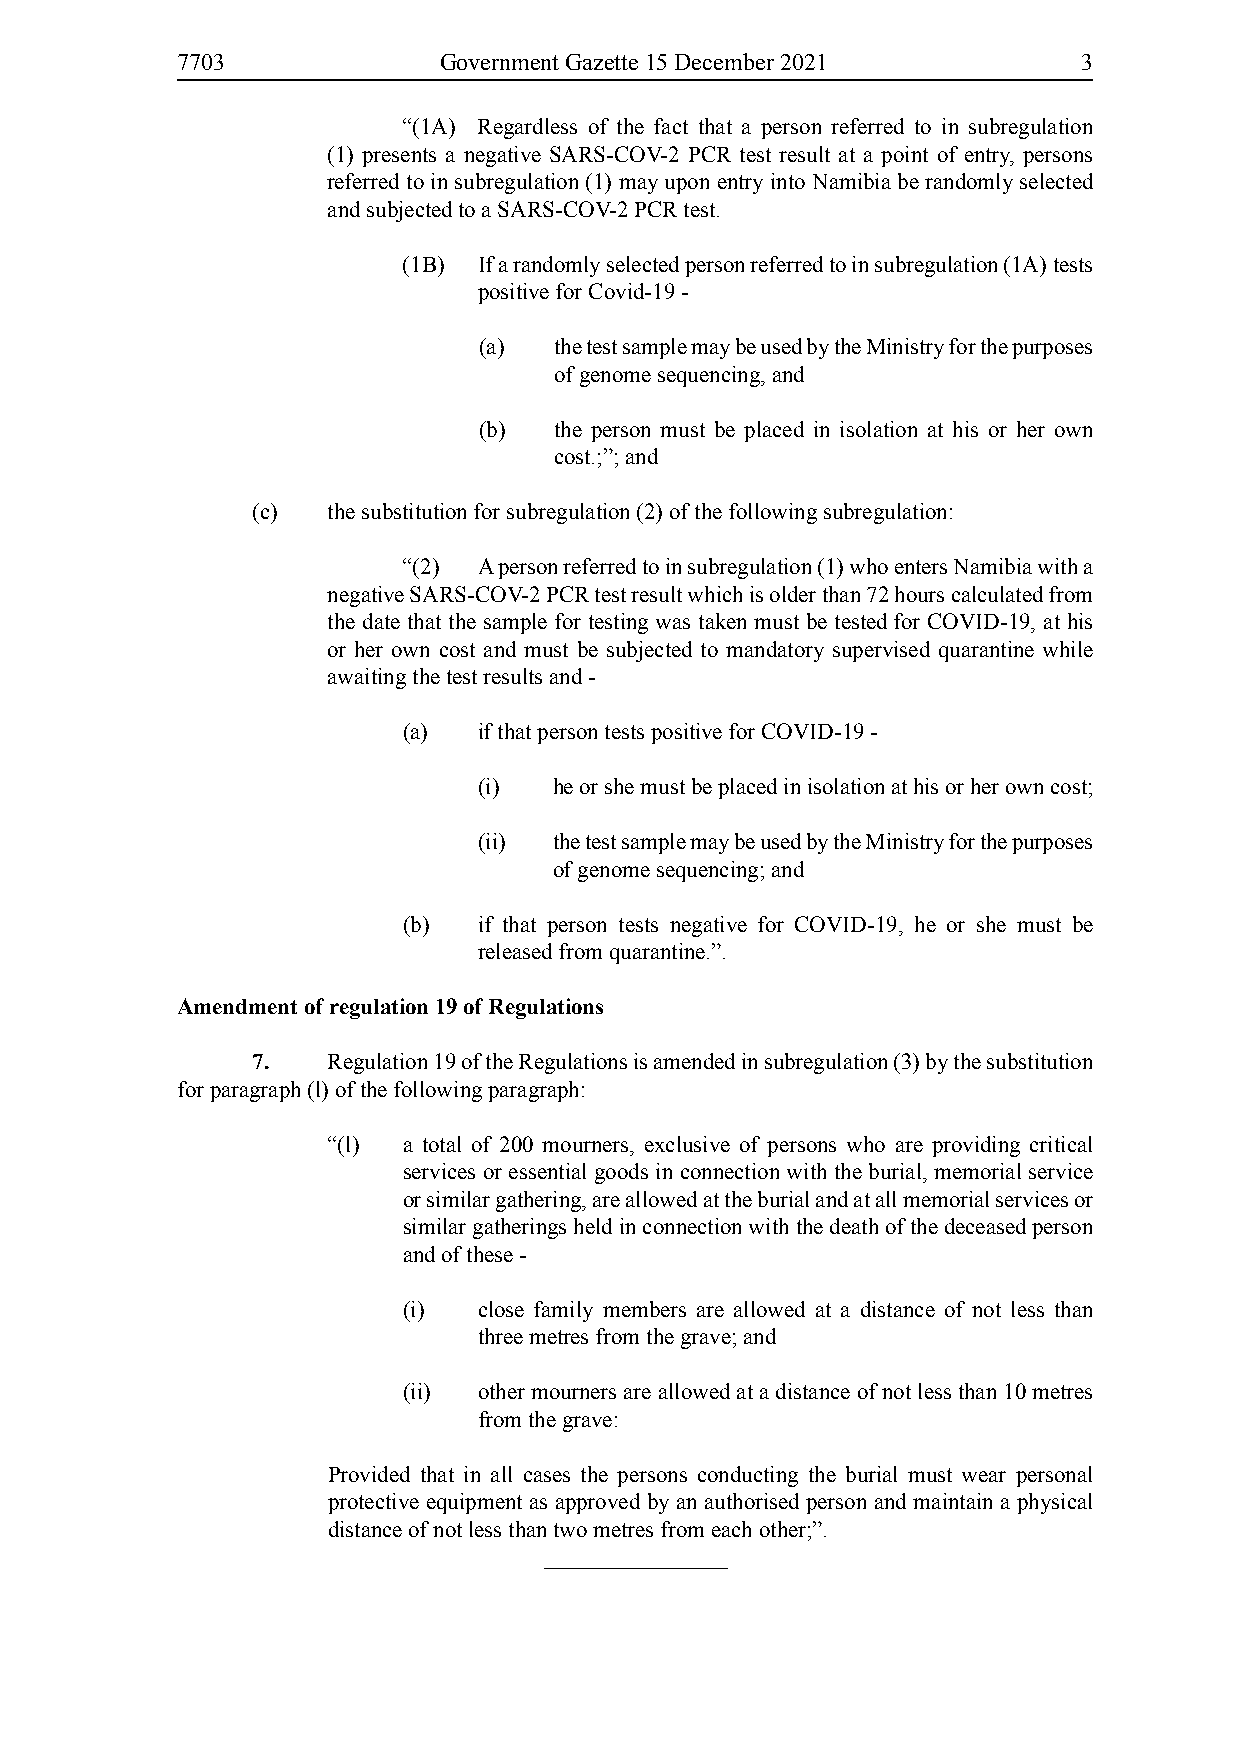
7703             Government Gazette 15 December 2021        3
 “(1A) Regardless of the fact that a person referred to in subregulation
 (1) presents a negative SARS-COV-2 PCR test result at a point of entry, persons
 referred to in subregulation (1) may upon entry into Namibia be randomly selected
 and subjected to a SARS-COV-2 PCR test.
 (1B) If a randomly selected person referred to in subregulation (1A) tests
 positive for Covid-19 -
 (a)  the test sample may be used by the Ministry for the purposes
 of genome sequencing, and
 (b)  the person must be placed in isolation at his or her own
 cost.;”; and
 (c)  the substitution for subregulation (2) of the following subregulation:
 “(2) A person referred to in subregulation (1) who enters Namibia with a
 negative SARS-COV-2 PCR test result which is older than 72 hours calculated from
 the date that the sample for testing was taken must be tested for COVID-19, at his
 or her own cost and must be subjected to mandatory supervised quarantine while
 awaiting the test results and -
 (a)  if that person tests positive for COVID-19 -
 (i)  he or she must be placed in isolation at his or her own cost;
 (ii) the test sample may be used by the Ministry for the purposes
 of genome sequencing; and
 (b)  if that person tests negative for COVID-19, he or she must be
 released from quarantine.”.
 Amendment of regulation 19 of Regulations
 7.   Regulation 19 of the Regulations is amended in subregulation (3) by the substitution
 for paragraph (l) of the following paragraph:
 “(l) a total of 200 mourners, exclusive of persons who are providing critical
 services or essential goods in connection with the burial, memorial service
 or similar gathering, are allowed at the burial and at all memorial services or
 similar gatherings held in connection with the death of the deceased person
 and of these -
 (i)  close family members are allowed at a distance of not less than
 three metres from the grave; and
 (ii) other mourners are allowed at a distance of not less than 10 metres
 from the grave:
 Provided that in all cases the persons conducting the burial must wear personal
 protective equipment as approved by an authorised person and maintain a physical
 distance of not less than two metres from each other;”.
 ________________